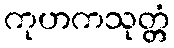
ကုဟကသုတ္တံ